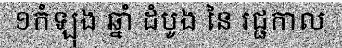
១កំឡុង ឆ្នាំ ដំបូង នៃ រជ្ជកាល